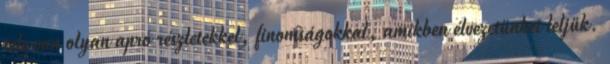
tele van olyan apró részletekkel, finomságokkal, amikben élvezetünket leljük.